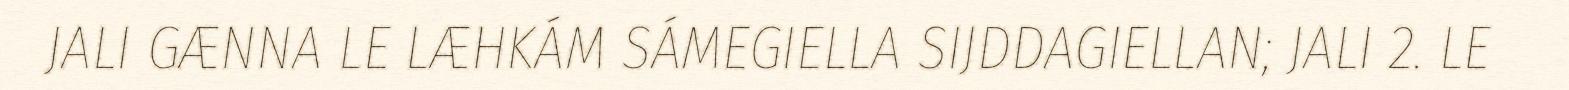
JALI GÆNNA LE LÆHKÁM SÁMEGIELLA SIJDDAGIELLAN; JALI 2. LE